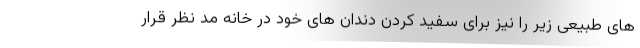
های طبیعی زیر را نیز برای سفید کردن دندان های خود در خانه مد نظر قرار